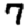
Digit: 7